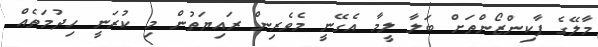
މާލޭގެ ޕާކިންޒޯންތަށް ބަލާ ލީމާ އެގޭނީ މެވެރިން ރައިޔަތުން މި ކުރަނީ ހިދުމަތެއް